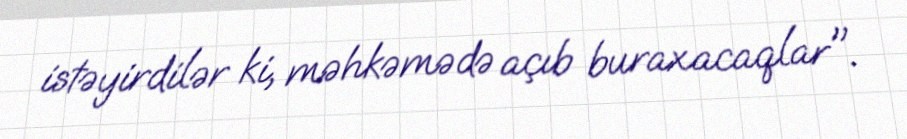
istəyirdilər ki, məhkəmədə açıb buraxacaqlar".